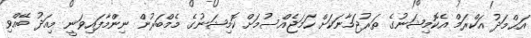
އަޙްމަދު އަކްރަމް އެކޮމިޝަނުގެ ތަރުޖަމާނަކަށް ހަމަޖެއްސުމަށް ކޮމިޝަނުގެ މެމްބަރުން ނިންމާފައިވަނީ މިއަދު ބޭއްވި